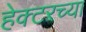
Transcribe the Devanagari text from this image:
हेक्टरच्या